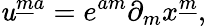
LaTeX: \mathit{u}^{{\underline{{{m}}}}a}=e^{am}\partial_{m}x^{\underline{{{m}}}},